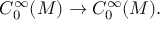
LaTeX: C _ { 0 } ^ { \infty } ( M ) \to C _ { 0 } ^ { \infty } ( M ) .